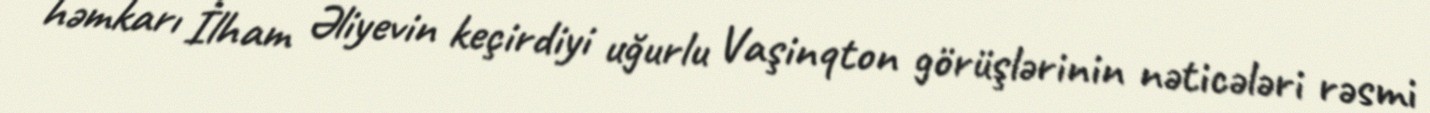
həmkarı İlham Əliyevin keçirdiyi uğurlu Vaşinqton görüşlərinin nəticələri rəsmi